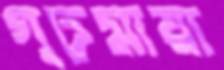
গূঢ়মায়া